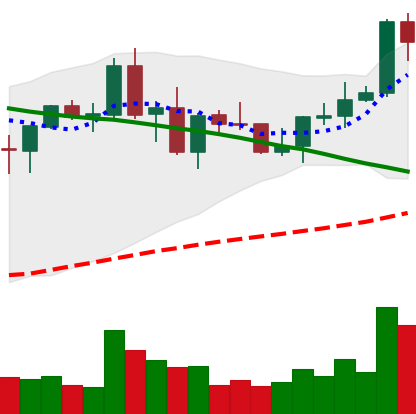
Ticker: NEO-USD
Chart end date: 2021-09-06
Forward return: -22.798%
Label: down_7plus